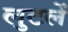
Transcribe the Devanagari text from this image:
लुटलें